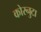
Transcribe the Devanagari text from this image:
कोरनुटा